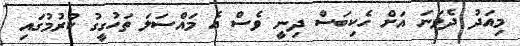
މިއަދު ދެވަނަ އަށް ހެކިބަސް ދިނީ ވެސް އެ މައްސަލަ ތަހުގީގު ކުރުމުގައި